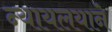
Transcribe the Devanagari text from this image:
न्यायलयाने